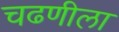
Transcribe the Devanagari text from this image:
चढणीला